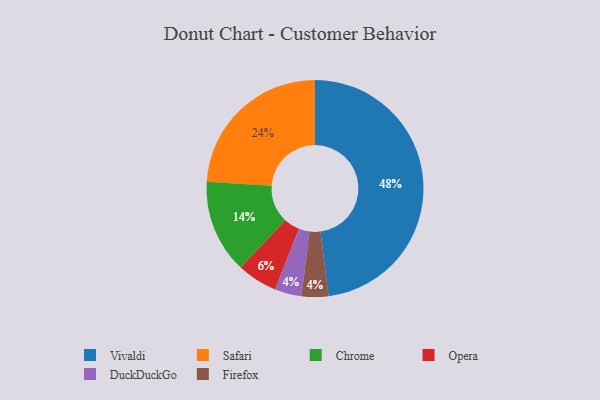
{"axis": {"x": "Category", "y": "Percentage"}, "legend": ["Chrome", "DuckDuckGo", "Firefox", "Opera", "Safari", "Vivaldi"], "data": [{"x": "DuckDuckGo", "y": 4, "type": "DuckDuckGo"}, {"x": "Vivaldi", "y": 48, "type": "Vivaldi"}, {"x": "Chrome", "y": 14, "type": "Chrome"}, {"x": "Opera", "y": 6, "type": "Opera"}, {"x": "Firefox", "y": 4, "type": "Firefox"}, {"x": "Safari", "y": 24, "type": "Safari"}]}